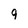
Character: 9